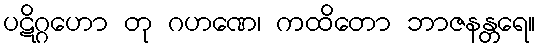
ပဋိဂ္ဂဟော တု ဂဟဏေ၊ ကထိတော ဘာဇနန္တရေ။